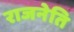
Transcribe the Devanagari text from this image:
राजनेति